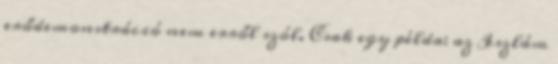
erődemonstráció nem erről szól. Csak egy példa: az Iszlám